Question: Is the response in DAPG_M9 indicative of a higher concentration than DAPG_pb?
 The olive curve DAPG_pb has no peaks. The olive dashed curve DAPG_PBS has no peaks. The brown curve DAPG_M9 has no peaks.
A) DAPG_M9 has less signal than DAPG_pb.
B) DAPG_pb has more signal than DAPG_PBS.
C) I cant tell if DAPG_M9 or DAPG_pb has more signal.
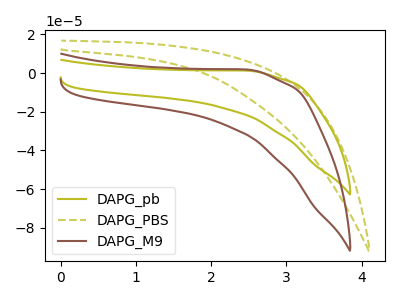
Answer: <think>Neither "DAPG_M9" or "DAPG_pb" have any peaks.
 </think>
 <answer>C) I cant tell if "DAPG_M9" or "DAPG_pb" has more signal.</answer>
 <eval>C</eval>